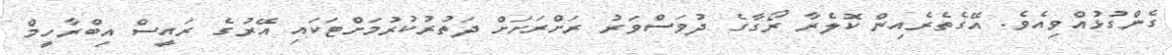
ގެންގުޅުއްވިއެވެ. އޭގެތެރެއިން ކޮލެރާ ރޯގާގެ ދުވަސްވަރު ރަށްރަށަށް ދަތުރުކުރުމަށްޓަކައި އޭރުގެ ރައީސް އިބްރާހީމް